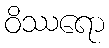
ဝိဿရော